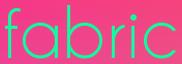
fabric